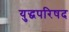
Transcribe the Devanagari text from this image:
युद्धपरिषद